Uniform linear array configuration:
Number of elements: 4
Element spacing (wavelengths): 0.75
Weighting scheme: hamming
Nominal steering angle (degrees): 15
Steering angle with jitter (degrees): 15.231
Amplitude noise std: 0.05
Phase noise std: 0.05

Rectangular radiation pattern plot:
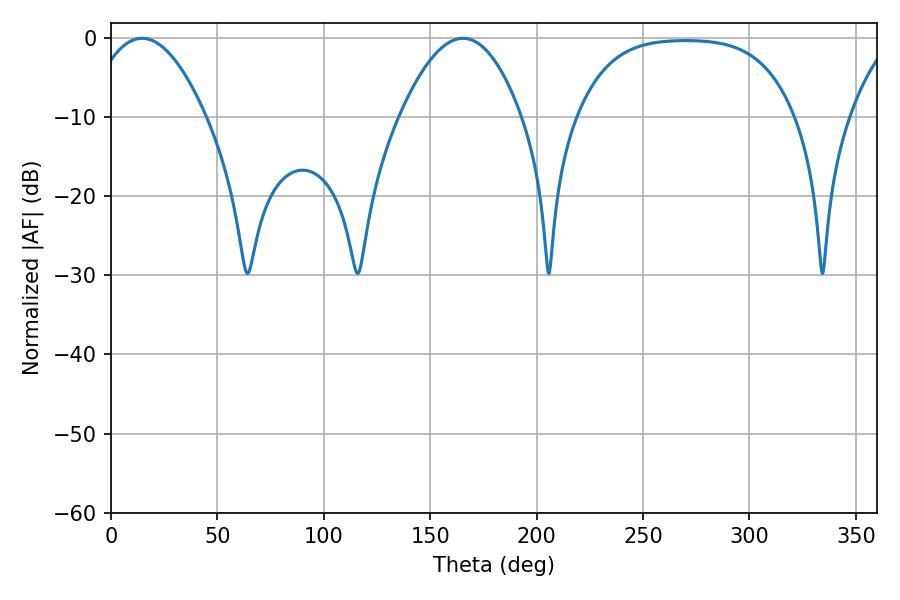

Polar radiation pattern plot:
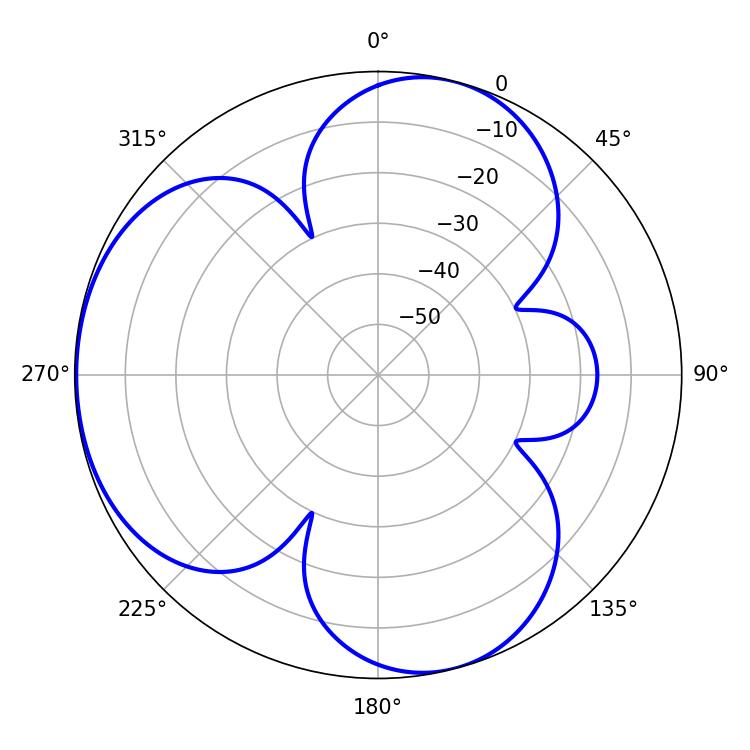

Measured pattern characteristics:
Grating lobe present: TRUE
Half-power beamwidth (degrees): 30.6
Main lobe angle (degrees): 14.58